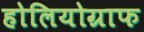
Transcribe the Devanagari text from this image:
होलियोग्राफ